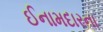
ઈનામદારના